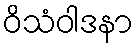
ဝိသံဝါဒနာ